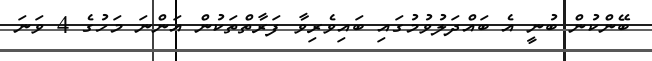
ބޭންކުން ބުނީ އެ ބައްދަލުވުމުގައި ބައިވެރިވާ ފަރާތްތަކުން އަންނަ މަހުގެ 4 ވަނަ